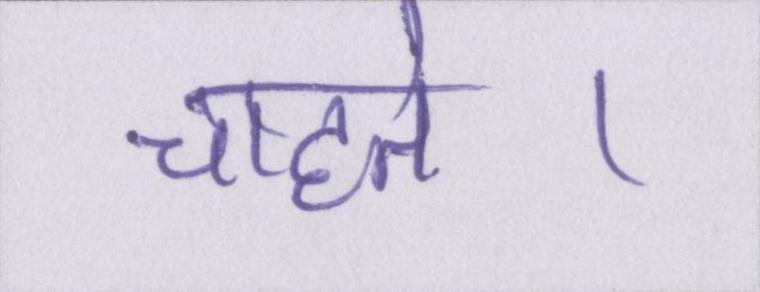
चाहते।